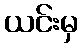
ယင်းမှ